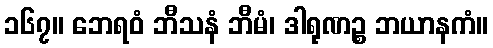
၁၆၇။ ဘေရဝံ ဘီသနံ ဘီမံ၊ ဒါရုဏဉ္စ ဘယာနကံ။